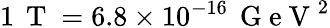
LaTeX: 1\, \mathrm{~T~}=6.8\times 10^{-16}\, \mathrm{~G~e~V~}^{2}